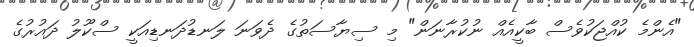
"އެންމެ ކުއްޖަކުވެސް ބާކީއެއް ނުކުރާނަން" މި ސިޔާސަތުގެ ދެވަނަ ލަނޑުދަނޑިއަކީ ސްކޫލު ދައުރުގެ